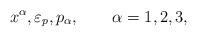
LaTeX: \begin{align*}x^{\alpha },\varepsilon _{p},p_{\alpha },\qquad \alpha =1,2,3, \end{align*}